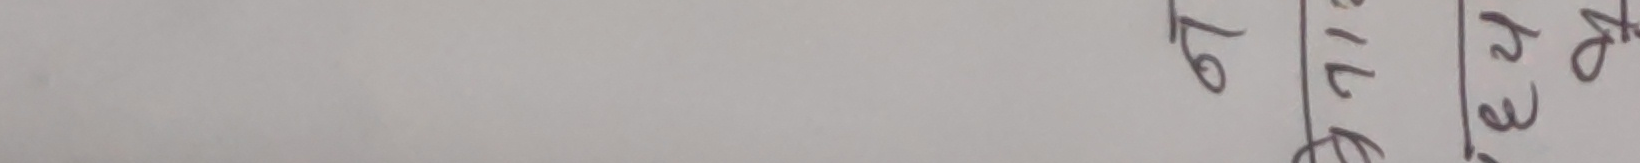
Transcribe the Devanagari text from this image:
ढ७३३क